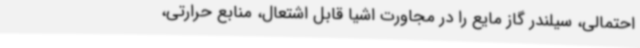
احتمالی، سیلندر گاز مایع را در مجاورت اشیا قابل اشتعال، منابع حرارتی،